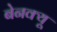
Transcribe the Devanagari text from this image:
बेनक्यू